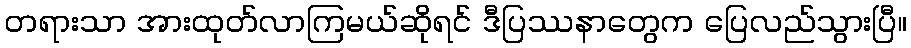
တရားသာ အားထုတ်လာကြမယ်ဆိုရင် ဒီပြဿနာတွေက ပြေလည်သွားပြီ။